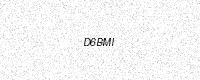
Text: D6BMI